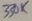
Text: 330K